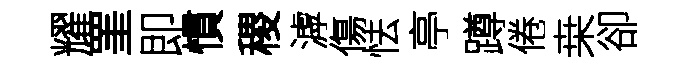
耀罣即慣稷滹傷怯亭蹲倦桒卻